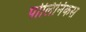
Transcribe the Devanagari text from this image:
पोलिनिकस